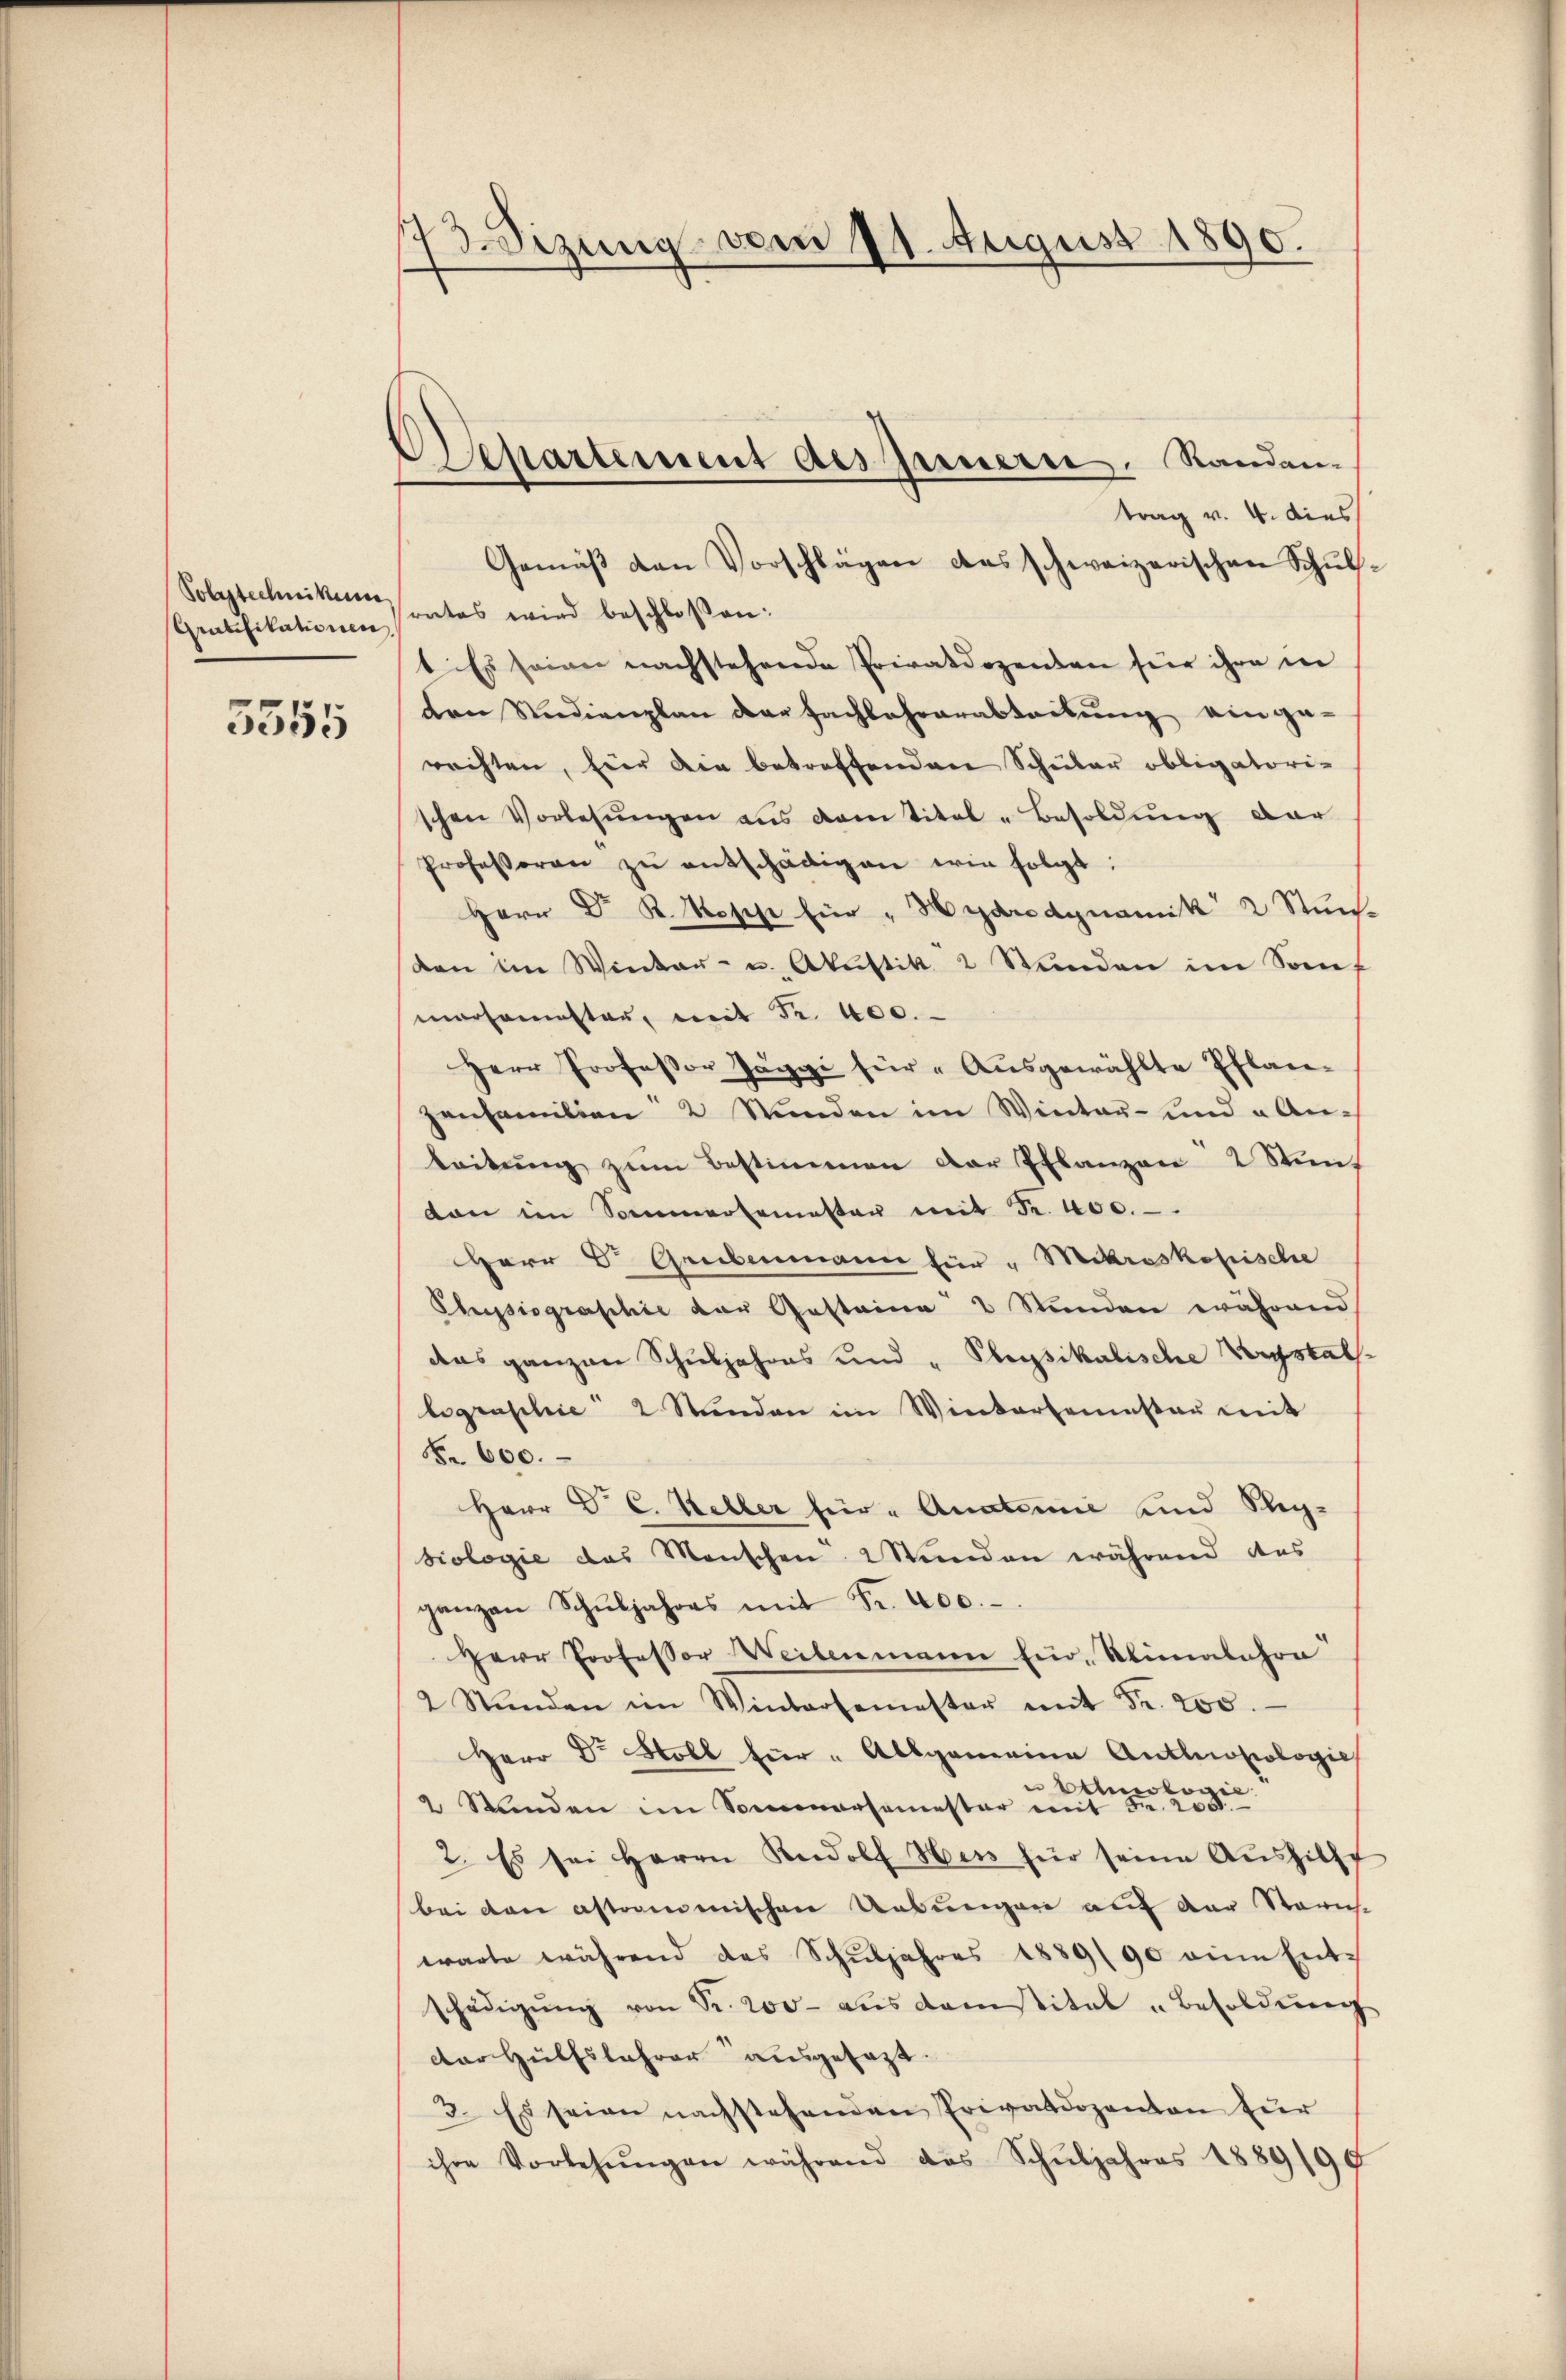
5555

173. Sizung vom 11. August 1890.

Departement des Innern. Randen-

Solytechniken
Gratifikationen,

trag v. 4. dies
Gemäβ den Vorschlägen das schweizerischen Schŭls-
srates wird beschlossen:
t. Es seinen nachstehende Privatdozenten für ihre in
den Studienplan der Fachlehrarabteilung einge-
rechten, Eier die betreffenden Schuler obligatori-
schen Vorlesŭngen ans cantital-Besoldŭng dar
Professoren zu entschädigen wir folgt:
Herr Dr. K. Koss für " Hydrodynamik 2 Stŭnd
den im Winter- u. Akŭstik 2 Stŭnden im Sonmarsammester, mit Fr. 400.
Herr Professor Jäggi für Aŭsgewählte Pflan-
zenfamilien 2 Stunden im Winter- und u An-
beitŭng zŭm Bestimmen der Pflanzen 2 Stünz
dan im Sommersemesten mit Fr. 400.
Herr D. Grebenmann für " Mikroskopische
Physiographie der Gesteine 2 Stunden während
das ganzen Schuljahres und "Physikalische Verstatlographie 2 Stŭnden im Wintersemester mit
Fr. 600.
Herr D. C. Keller für Anatomie und Steg-
hiologie das Menschen Wunden während das
ganzen Schŭljahres mit Fr. 400.
Herr Professor Weitenmann Ein-Rinalahrn
2 Stŭnden im Wintersemester mit Fr. 200.
Herr Dr Holl für " Allgemeine Anthronologie
nologie
 205.
2 Stunden im Sommersemester mit 5
2. Es sei Herrn Rudolf Hen für seine Aŭshilff
bei den astromenischen Uebungen auf der Norich
warte während das Schŭljahres 1889/90 eine Ent-
schädigŭng von Sr. 200 aŭs Konstitel "Besoldŭng
dor Hülfslehrer ausgesagt.
3. Es seien nachstehenden Privatdozenten für
ihre Vorlesŭngen während des Schŭljahres 1889/99